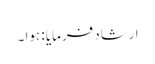
ارشاد فرمایا : ہوا ۔